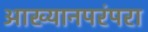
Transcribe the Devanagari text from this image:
आख्यानपरंपरा